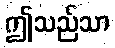
ဤသည်သာ